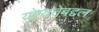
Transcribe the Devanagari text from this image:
योग्यतेबद्दल